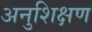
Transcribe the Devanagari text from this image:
अनुशिक्षण